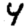
Digit: 4